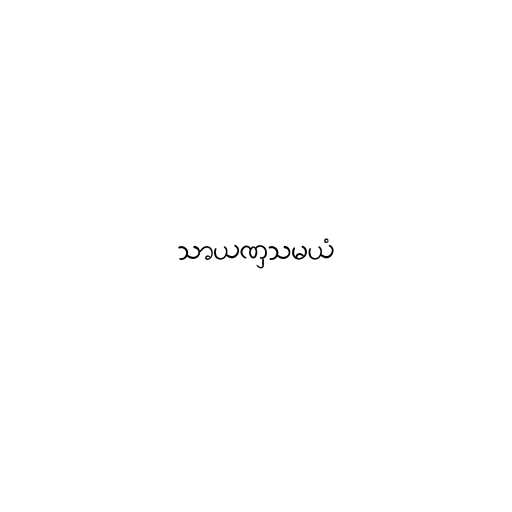
သာယဏှသမယံ